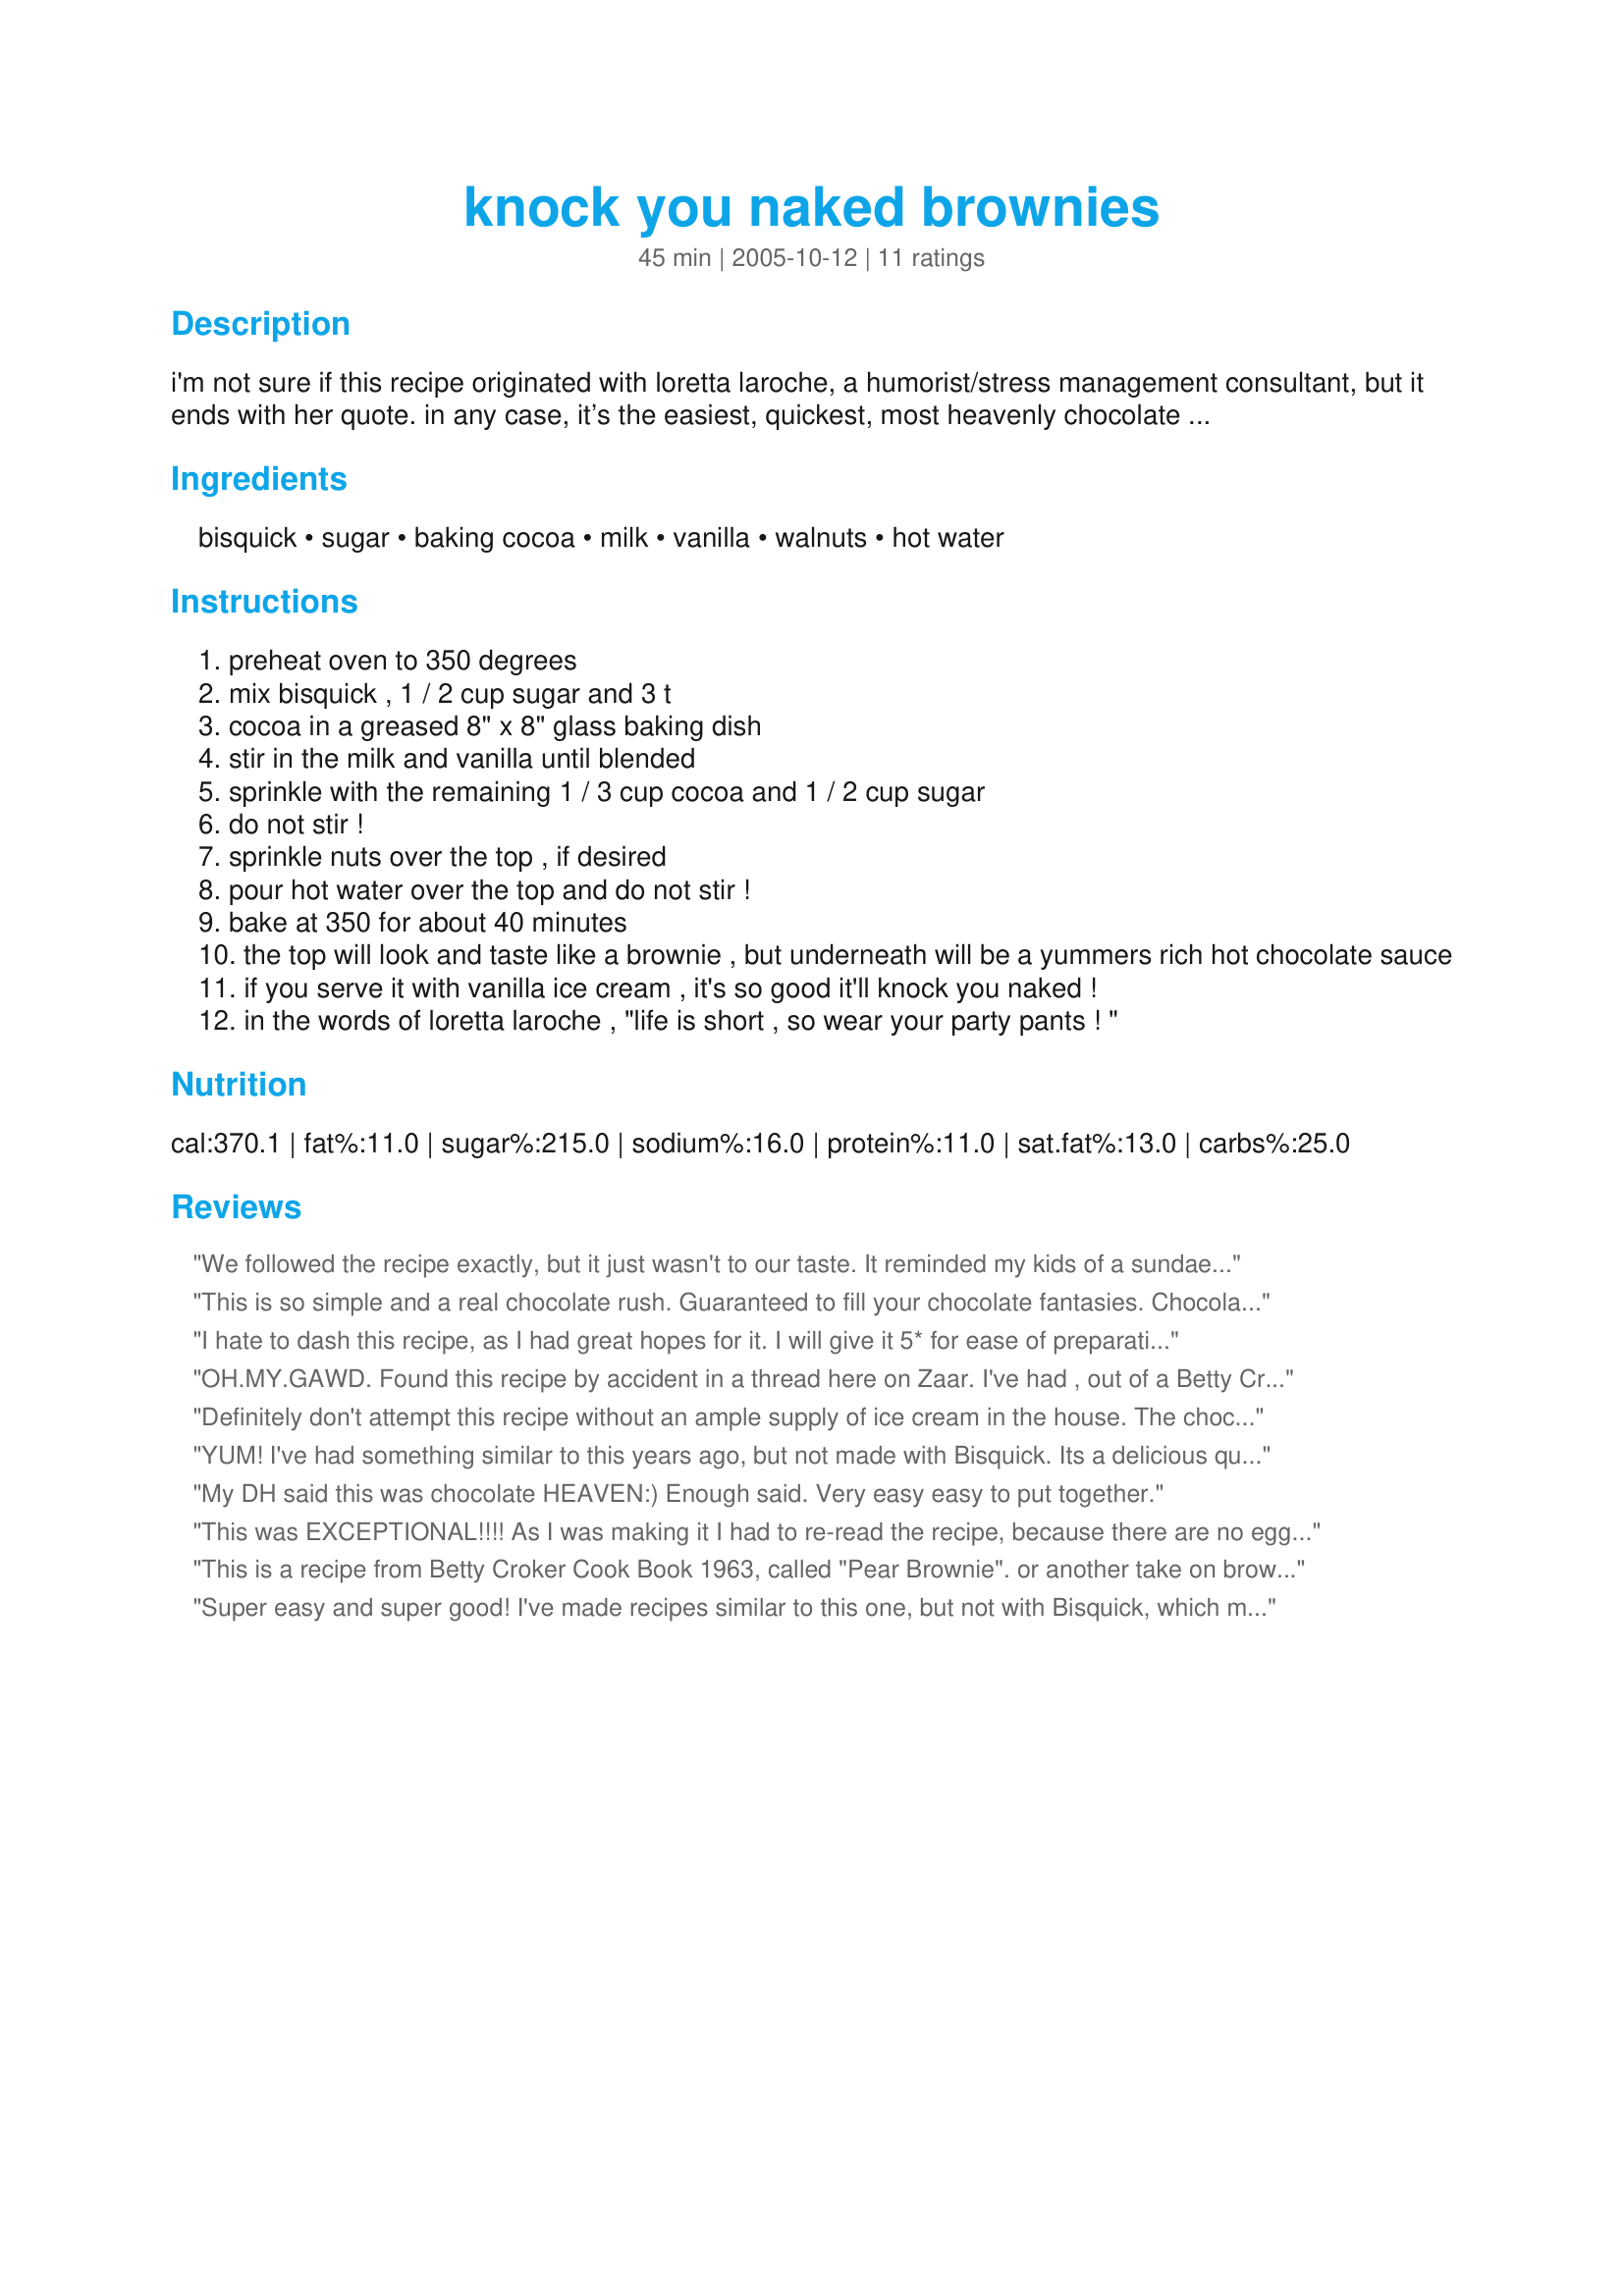
knock you naked brownies
Preparation time: 45 minutes

i'm not sure if this recipe originated with loretta laroche, a humorist/stress management consultant,
but it ends with her quote. in any case, it’s the easiest, quickest, most heavenly chocolate delight you can imagine. (no bowl...almost no stir) lock the door & turn on the oven, honey!

Ingredients:
bisquick, sugar, baking cocoa, milk, vanilla, walnuts, hot water

Steps:
preheat oven to 350 degrees
mix bisquick , 1 / 2 cup sugar and 3 t
cocoa in a greased 8" x 8" glass baking dish
stir in the milk and vanilla until blended
sprinkle with the remaining 1 / 3 cup cocoa and 1 / 2 cup sugar
do not stir !
sprinkle nuts over the top , if desired
pour hot water over the top and do not stir !
bake at 350 for about 40 minutes
the top will look and taste like a brownie , but underneath will be a yummers rich hot chocolate sauce
if you serve it with vanilla ice cream , it's so good it'll knock you naked !
in the words of loretta laroche , "life is short , so wear your party pants ! "

Reviews:
We followed the recipe exactly, but it just wasn't to our taste. It reminded my kids of a sundae, but they thought it was a little bitter. It tasted best served with icecream and it was better the second day. I think it was just not traditional enough. Thanks for sharing. :)
This is so simple and a real chocolate rush. Guaranteed to fill your chocolate fantasies. Chocolate ice cream works well too, you'll be on overload.
I hate to dash this recipe, as I had great hopes for it. I will give it 5* for ease of preparation and it certainly smells good when it's cooking, but the brownie zombies at my house did not devour it or even take off their socks. Sorry, maybe it was something I did.
OH.MY.GAWD.
Found this recipe by accident in a thread here on Zaar.
I've had , out of a Betty Crocker Cookbook, Hot Fudge Sundae Cake , which is similar to this.
This is faster, no oil , and to me tastes even better than my beloved Hot Fudge Sundae Cake!
So intensely chocolatey , and believe me, that's not a bad thing! LOL
I must agree with Breezytoo though , this could be dangerous!!! LOL
Thanks so much for posting the recipe , and let me just say , my husband was sad my clothes didn't fly off LOLOLOL
Definitely don't attempt this recipe without an ample supply of ice cream in the house. The chocolate sauce is divine and simply screams for ice cream. There are only two of us and we nearly finished it off the first night. With a burned tongue I ate the rest for breakfast. (See why you need the ice cream available)?
YUM! I've had something similar to this years ago, but not made with Bisquick. Its a delicious quick fix if you're craving chocolate and hits the spot! With eveything on hand, this could be dangerous too! *lol* No ice cream here ~ for me personally, I think it would have put me over the top! I used the chopped walnuts and loved the crunch in addition to the cake and pudding textures. Thanks for sharing this keeper! :)
My DH said this was chocolate HEAVEN:) Enough said. Very easy easy to put together.
This was EXCEPTIONAL!!!! As I was making it I had to re-read the recipe, because there are no eggs or butter in it.I doubled the recipe & baked it in a 13x9x2 pan...it came out with a brownie crust atop a panful of amazing hot fudge (almost pudding)....be sure you have ice cream for this. Thanks for a unique recipe!
This is a recipe from Betty Croker Cook Book 1963, called "Pear Brownie". or another take on brownie pudding. This just forgot to add the canned pear halfs. This is the most awesome brownie recipe ever invented, eat it warm , and the pudding underneath is warm.. OMG SO GOOD. ITS ALMOST SINFUL.. KRISTINES ALMOST RIGHT ABOUT LOCKING YOUR DOORS HA
Super easy and super good! I've made recipes similar to this one, but not with Bisquick, which made it even easier. We had it warm with Moosetracks ice cream. Absolutely delicious and simple enough to make anytime! Thanks!
EVERYONE HAS TO TRY THIS! The name does not lie. I cut this recipe in half (probably a good thing because I think I ate about 1/4 of it before anyone else even had a chance to try it) It still came close to over flowing the aluminum pie plate that I baked it in. I think I overbaked it but OH WELL it was chewy and chocolate and completely perfect! It was EXTREMELY chocolately and the different textures were wonderful! I was asked if it just had chocolate pudding underneath the brownie top. ha. NOPE! Great 'secret' recipe! I don't think I want to give it away!
